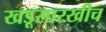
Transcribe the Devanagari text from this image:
खडूसारखीच